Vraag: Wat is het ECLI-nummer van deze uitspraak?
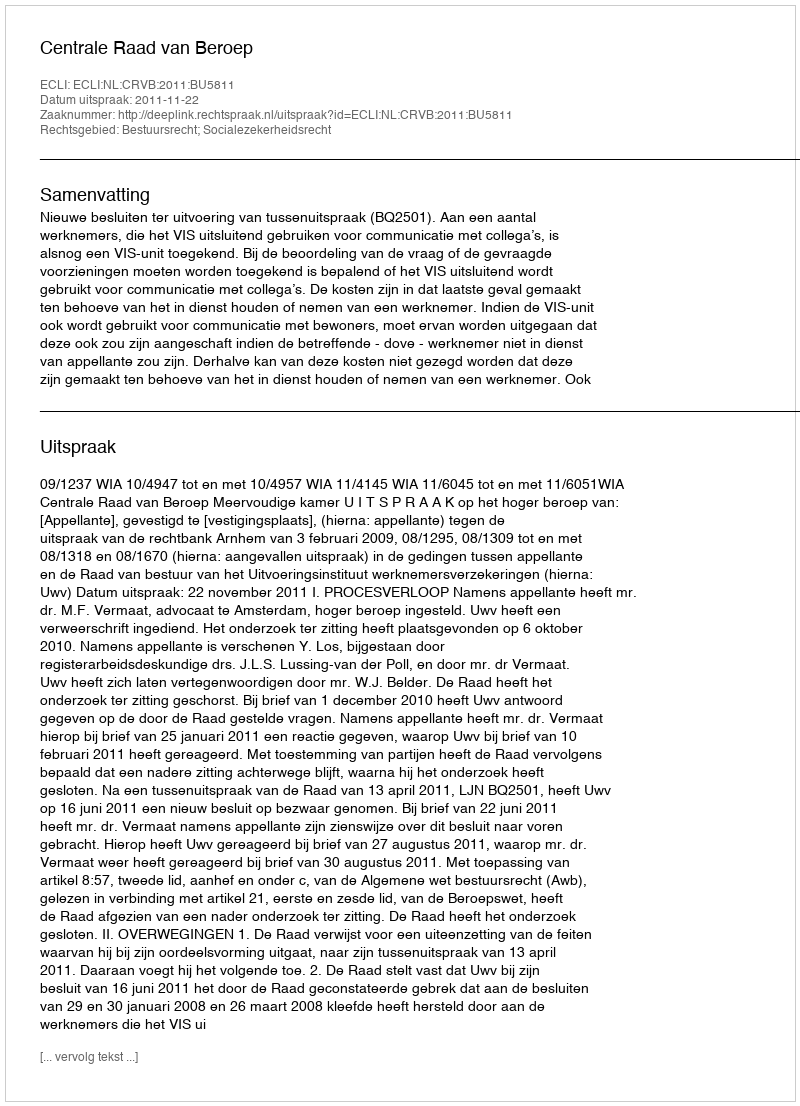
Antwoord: ECLI:NL:CRVB:2011:BU5811